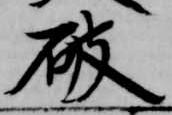
破